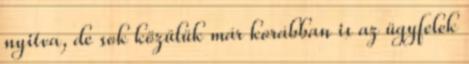
nyitva, de sok közülük már korábban is az ügyfelek